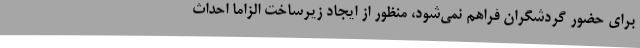
برای حضور گردشگران فراهم نمی‌شود، منظور از ایجاد زیرساخت الزاما احداث